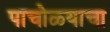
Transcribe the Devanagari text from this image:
पाचोळ्याचा